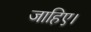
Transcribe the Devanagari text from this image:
जाहिए।